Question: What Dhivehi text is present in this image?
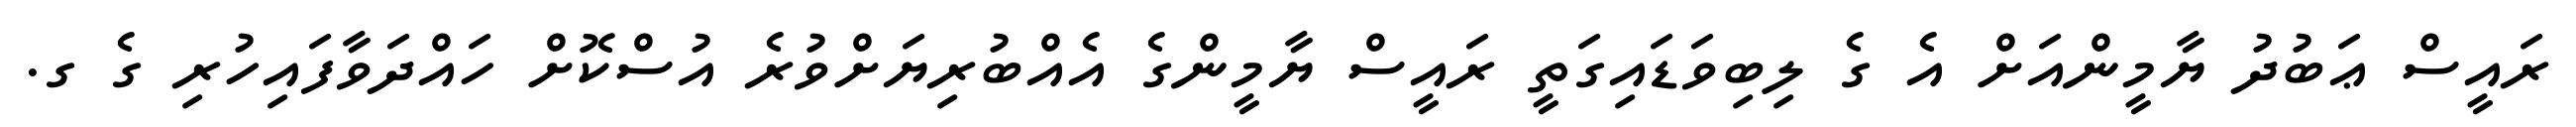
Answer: ރައީސް ޢަބުދު ޔާމީންއަށް އެ ގެ ލިބިވަޑައިގަތީ ރައީސް ޔާމީންގެ އެއްބުރިޔަށްވުރެ އުސްކޮށް ހައްދަވާފައިހުރި ގެ ގ.